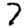
Digit: 7